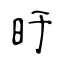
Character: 旴